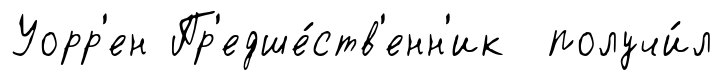
Уорр'ен Пр'едше́ств'енн'ик получи́л